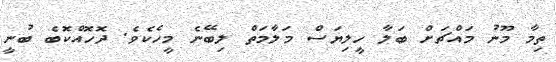
ތިމާ މޫނު މައްޗަށް ބަލާ ހީލިޔަސް މަލާމަތް ލިބޭނެ މީހެކެވެ. ދޮހޮއްކޮބެ ބުނީ